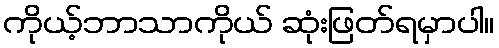
ကိုယ့်ဘာသာကိုယ် ဆုံးဖြတ်ရမှာပါ။